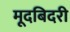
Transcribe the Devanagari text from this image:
मूदबिदरी